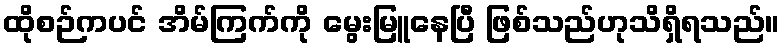
ထိုစဉ်ကပင် အိမ်ကြက်ကို မွေးမြူနေပြီ ဖြစ်သည်ဟုသိရှိရသည်။